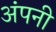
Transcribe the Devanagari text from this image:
अंपनी